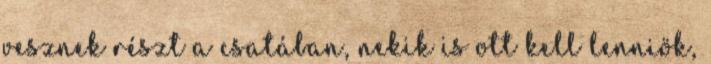
vesznek részt a csatában, nekik is ott kell lenniök,